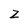
Character: z